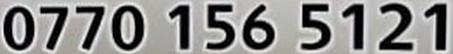
0770 156 5121